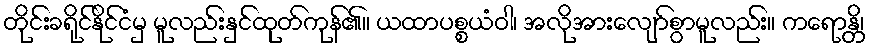
တိုင်းခရိုင်နိုင်ငံမှ မူလည်းနှင်ထုတ်ကုန်၏။ ယထာပစ္စယံဝါ၊ အလိုအားလျော်စွာမူလည်း။ ကရောန္တိ၊